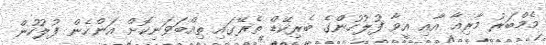
މެމްބަރު މާރިއާ އާއި އީވާ ފުލުހުންގެ ބެރިކޭޑް ތެރޭގައި ތިއްބަވަނިކޮށް އަންހެން ފުލުހުން